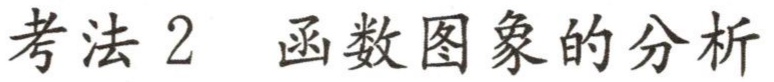
考法 2  函数图象的分析